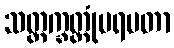
သတ္တက္ခတ္တုံပရမတာ